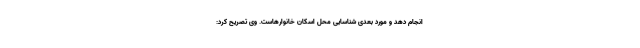
انجام دهد و مورد بعدی شناسایی محل اسکان خانوارهاست. وی تصریح کرد: